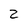
Character: 2